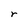
Character: r